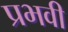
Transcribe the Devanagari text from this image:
प्रभवी